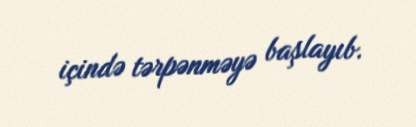
içində tərpənməyə başlayıb.